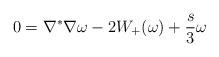
LaTeX: \begin{align*} 0= \nabla^* \nabla \omega - 2 W_+(\omega ) + \frac{s}{3}\omega\end{align*}